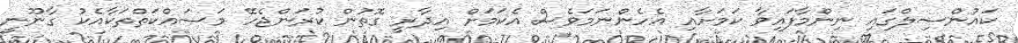
ކައުންސިލްގައި ނިންމާފައިވާ ކަމަށާއި އެހެންނަމަވެސް އެކަމަށް އިދާރީ ގޮތުން ކުރަންޖެހޭ މަސައްކަތްތަކާއެކު ގާނޫނީ